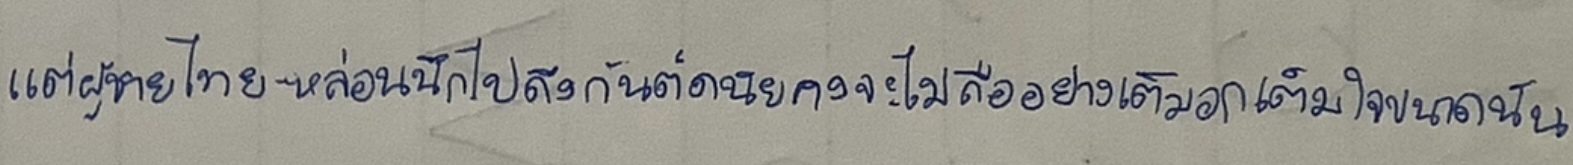
แต่ผู้ชายไทย-หล่อนนึกไปถึงกันต์ดนัยคงจะไม่ถืออย่างเต็มอกเต็มใจขนาด